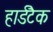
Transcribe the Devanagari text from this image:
हार्डटैक